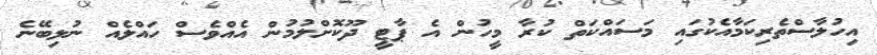
އިހުލާސްތެރިކަމާއެކުގައި މަސައްކަތް ކުރާ މީހުން އެ ޕާޓީ ދޫކޮށްލުމުން އެއްވެސް ހައްލެއް ނުލިބޭނެ